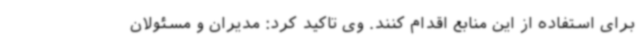
برای استفاده از این منابع اقدام کنند. وی تاکید کرد: مدیران و مسئولان